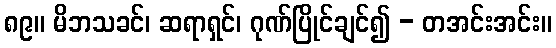
၈၉။ မိဘသခင်၊ ဆရာရှင်၊ ဂုဏ်ပြိုင်ချင်၍ - တအင်းအင်း။